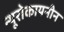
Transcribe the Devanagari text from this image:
न्यूरोकायनीन